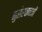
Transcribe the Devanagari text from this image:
नुसेरवानजी